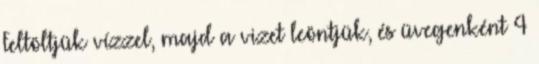
Feltöltjük vízzel, majd a vizet leöntjük, és üvegenként 4